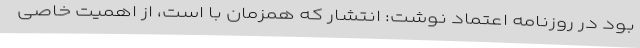
بود در روزنامه اعتماد نوشت: انتشار که همزمان با است، از اهمیت خاصی